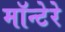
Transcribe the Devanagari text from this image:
मॉन्टेरे